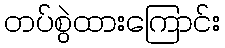
တပ်စွဲထားကြောင်း